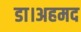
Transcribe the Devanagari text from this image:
डा।अहमद